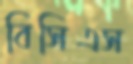
বিসিএস